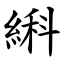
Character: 䌀